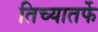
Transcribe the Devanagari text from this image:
तिच्यातर्फे